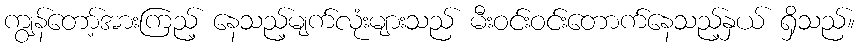
ကျွန်တော့်အားကြည့် နေသည့်မျက်လုံးများသည် မီးဝင်းဝင်းတောက်နေသည့်နှယ် ရှိသည်။